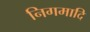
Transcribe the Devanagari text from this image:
निगमादि